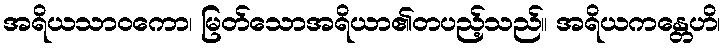
အရိယသာဝကော၊ မြတ်သောအရိယာ၏တပည့်သည်။ အရိယကန္တေဟိ၊